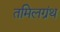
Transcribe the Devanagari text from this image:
तमिलग्रंथ